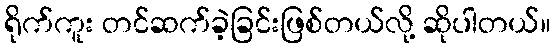
ရိုက်ကူး တင်ဆက်ခဲ့ခြင်းဖြစ်တယ်လို့ ဆိုပါတယ်။